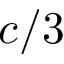
c / 3